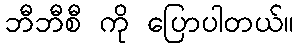
ဘီဘီစီ ကို ပြောပါတယ်။